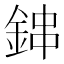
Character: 鋛